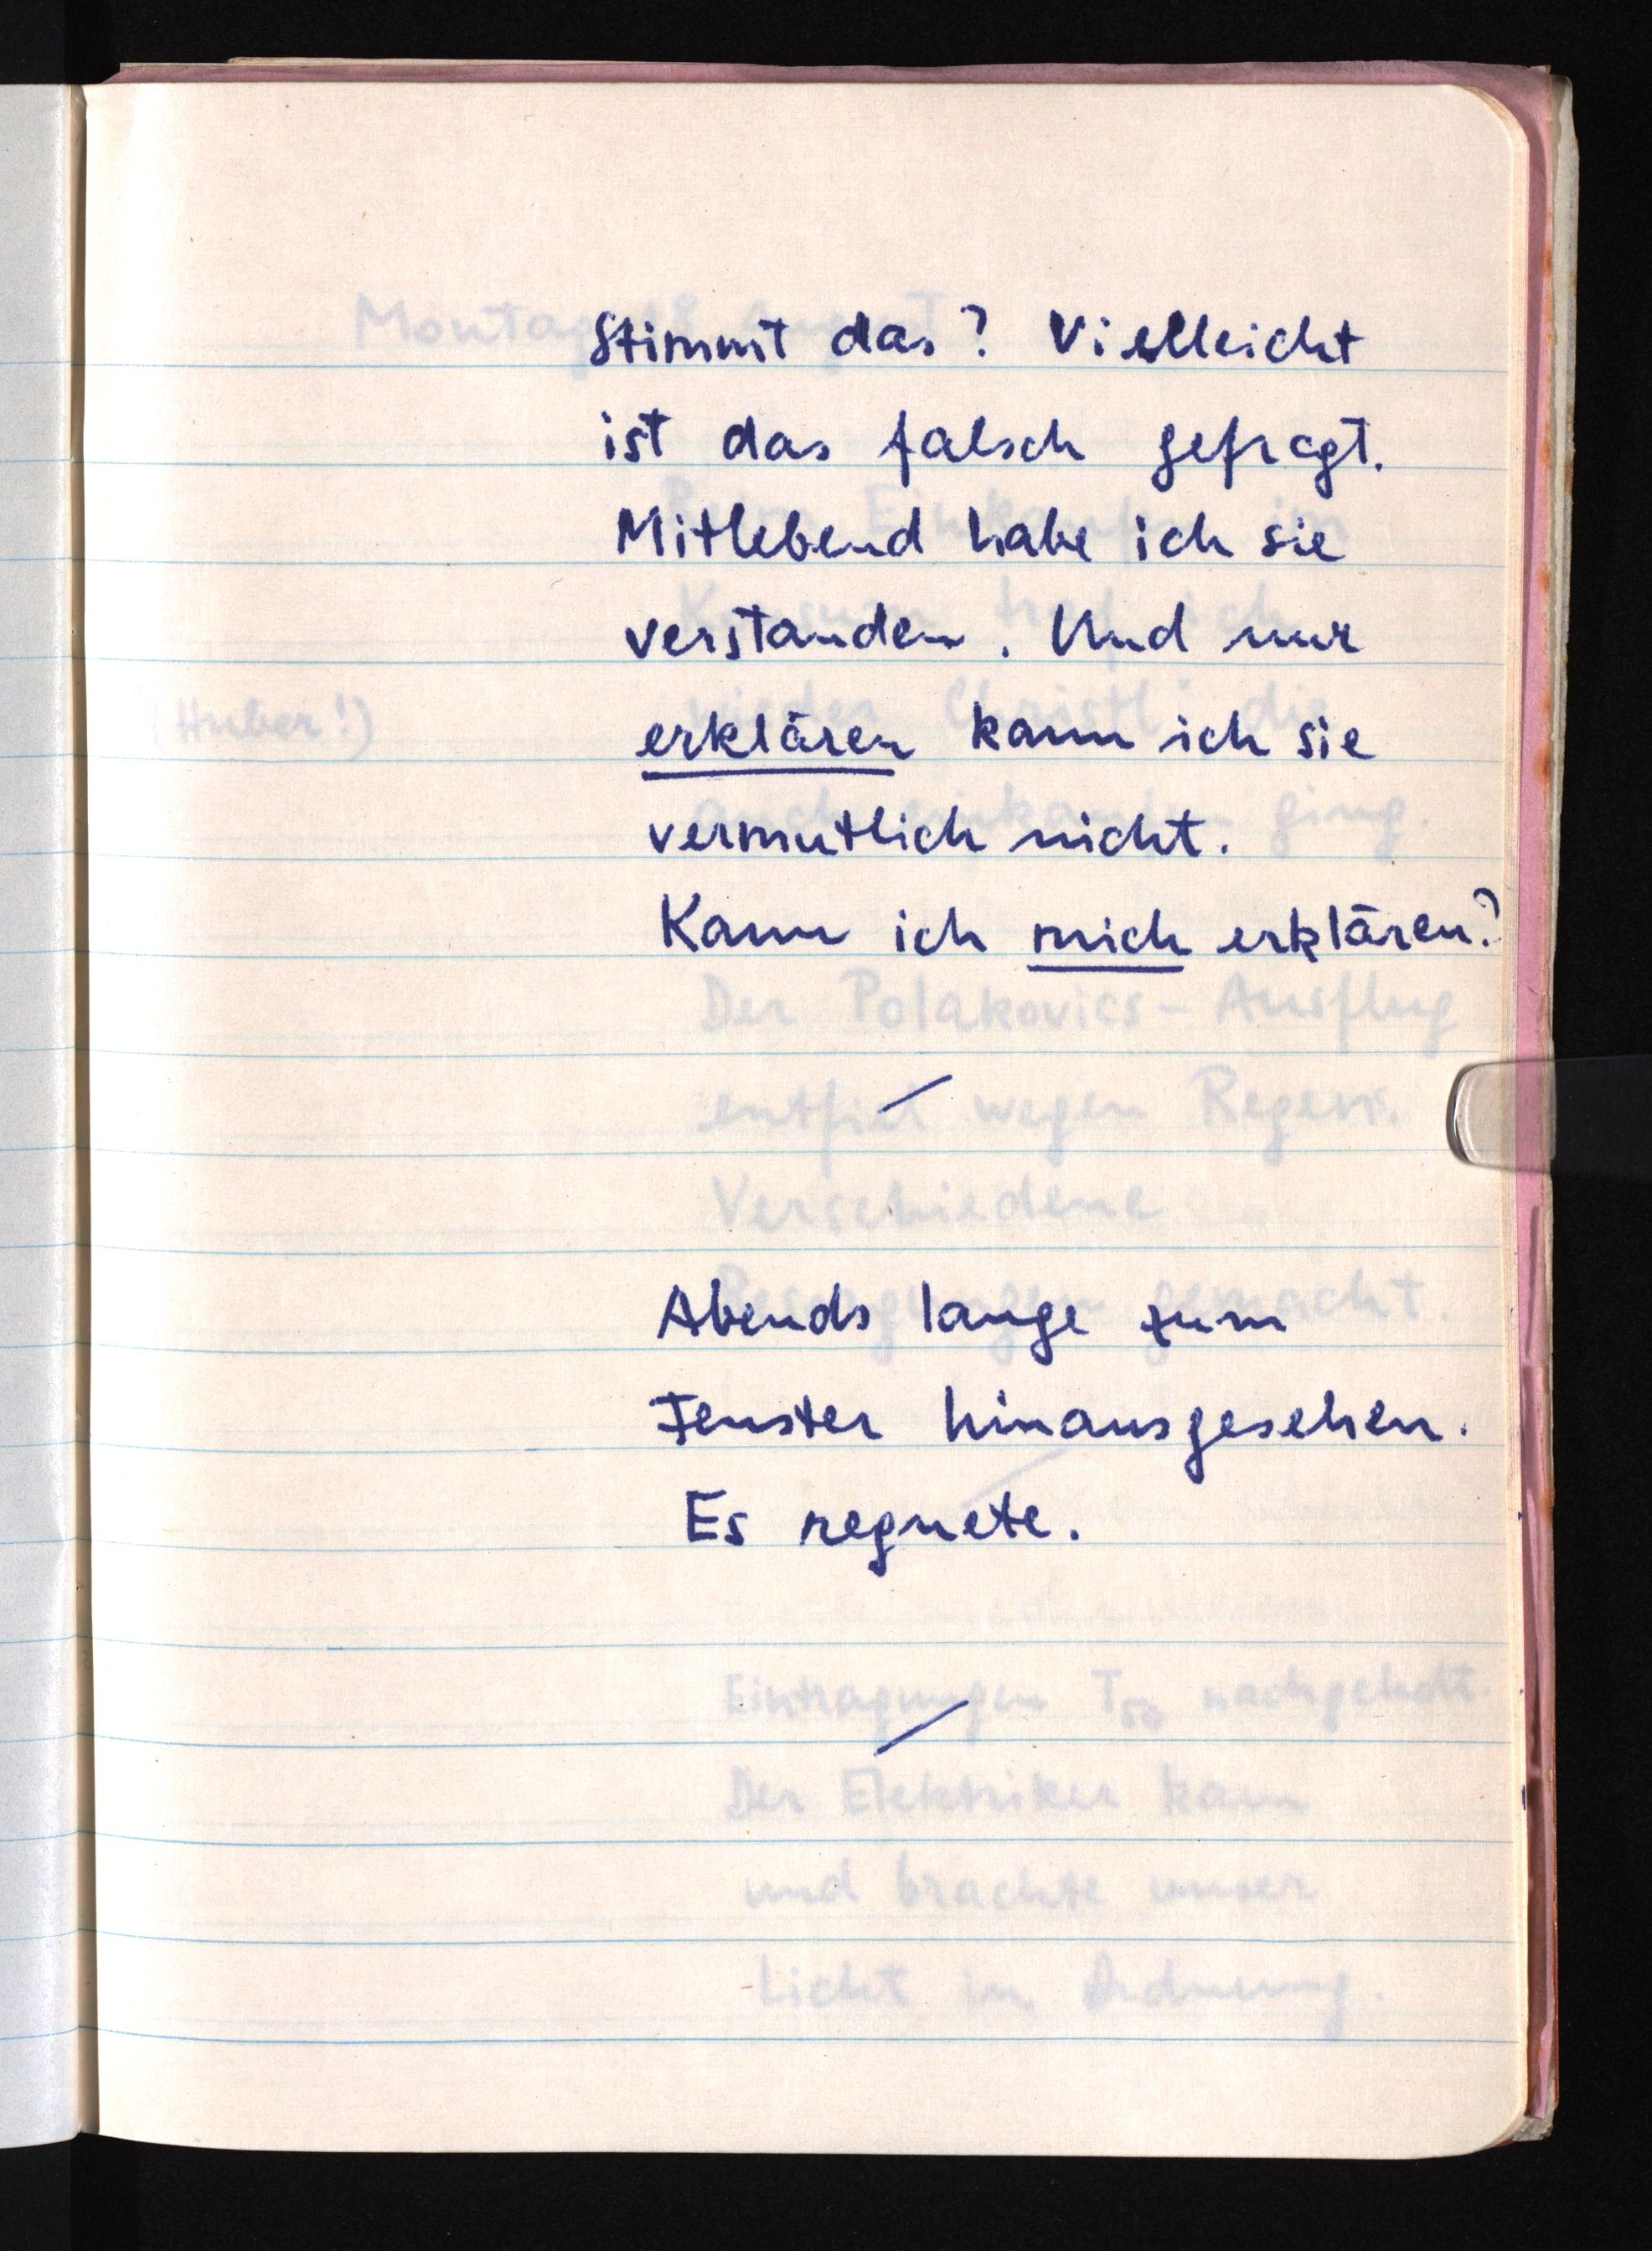
Stimmt das? Vielleicht
ist das falsch gefragt.
Mitlebend habe ich sie
verstanden. Und nur
erklären kann ich sie
vermutlich nicht.
Kann ich mich erklären?
Abends lange zum
Fenster hinausgesehen.
Es regnete.